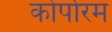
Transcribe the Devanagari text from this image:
कोर्पोरम